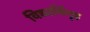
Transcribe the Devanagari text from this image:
विद्यार्थिगॄह